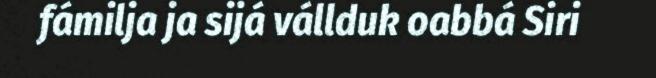
fámilja ja sijá vállduk oabbá Siri